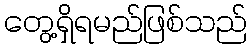
တွေ့ရှိရမည်ဖြစ်သည်